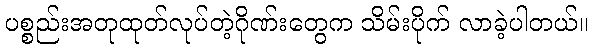
ပစ္စည်းအတုထုတ်လုပ်တဲ့ဂိုဏ်းတွေက သိမ်းပိုက် လာခဲ့ပါတယ်။